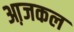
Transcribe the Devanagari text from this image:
आ़जकल